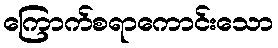
ကြောက်စရာကောင်းသော